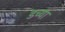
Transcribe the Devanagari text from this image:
डच्या